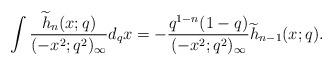
LaTeX: \begin{align*} \int \frac{\widetilde{h}_n(x;q)}{(-x^2;q^2)_\infty} d_qx = -\dfrac{q^{1-n}(1-q)}{(-x^2;q^2)_\infty} \widetilde{h}_{n-1}(x;q).\end{align*}